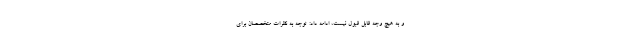
و به هیچ وجه قابل قبول نیست، ادامه داد: توجه به نظرات متخصصان برای